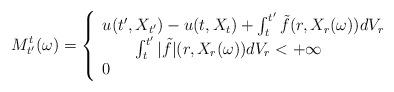
LaTeX: \begin{align*}M^t_{t'}(\omega)=\left\{\begin{array}{l}u(t',X_{t'}) - u(t,X_{t}) + \int_{t}^{t'}\tilde{f}(r,X_r(\omega))dV_r\\\quad\quad\int_{t}^{t'}|\tilde{f}|(r,X_r(\omega))dV_r<+\infty\\0 \end{array}\right.\end{align*}